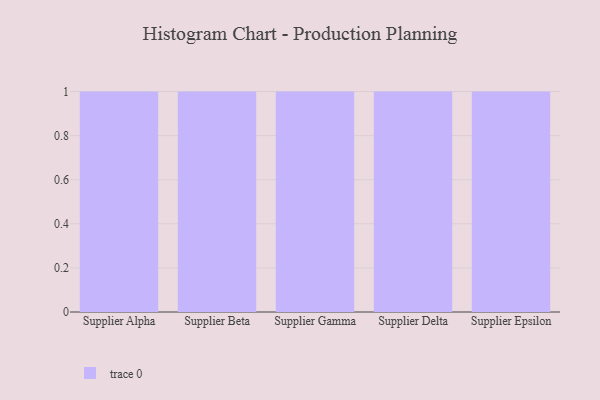
{"axis": {"x": "Supplier", "y": "Churn Rate (%)"}, "legend": [""], "data": [{"x": "Supplier Alpha", "y": 40, "type": ""}, {"x": "Supplier Beta", "y": 36, "type": ""}, {"x": "Supplier Gamma", "y": 51, "type": ""}, {"x": "Supplier Delta", "y": 61, "type": ""}, {"x": "Supplier Epsilon", "y": 43, "type": ""}]}